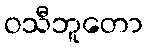
ဝသီဘူတော